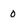
Character: 0